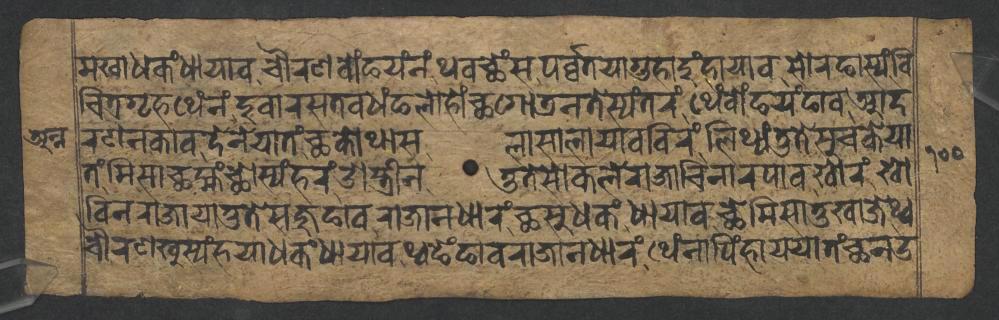
𑐩𑐏𑐵𑐢𑐎𑑄𑐢𑐵𑐫𑐵𑐰𑐔𑑁𑐬𑐞𑐧𑑀𑑄𑐒𑐫𑑄𑐣𑑄𑐠𑐰𑐕𑐾𑑄𑐳𑐥𑐬𑑂𑐰𑑂𑐰𑐟𑐫𑐵𑐐𑐸𑐴𑐵𑐡𑐸𑑄𑐴𑐵𑐫𑐵𑐰𑐳𑑀𑐬𑐒𑐵𑐳𑑂𑐫𑑄𑐰𑐶 𑐔𑐶𑐟𑑂𑐬𑐐𑐺𑐴𑐠𑐾𑑄𑐣𑑄𑐡𑐸𑐰𑐵𑐬𑐳𑐟𑐰𑐢𑑄𑐒𑐮𑑀𑐴𑑀𑑄𑐕𑐐𑑀𑐜𑐣𑐟𑐾𑐳𑑂𑐫𑑄𑐟𑐬𑑄𑐠𑐾𑑄𑐧𑑀𑑄𑐒𑐫𑑄𑐒𑐵𑐰𑐁𑐡 𑐬𑐞𑐣𑐎𑐵𑐰𑐡𑐾𑐣𑐾𑐫𑐵𑐟𑑄𑐕𑐎𑑀𑐠𑐵𑐳𑐮𑐵𑐳𑐵𑐮𑐵𑐫𑐵𑐰𑐧𑐶𑐬𑑄𑐮𑐶𑐠𑑂𑐫𑑄𑐟𑐸𑐟𑐾𑐳𑐸𑐔𑐎𑐾𑐫𑐵 𑐟𑑄𑐩𑐶𑐳𑐵𑐕𑐩𑑂𑐴𑑄𑐕𑑀𑐳𑑂𑐫𑑄𑐴𑐬𑑄𑐌𑐳𑑂𑐟𑑂𑐬𑐷𑐣𑐟𑐸𑐟𑐾𑐳𑑀𑐎𑐮𑐾𑐬𑐵𑐖𑐵𑐔𑐶𑐣𑐵𑐬𑐥𑐵𑐰𑐏𑑀𑐬𑑄𑐏𑑀 𑐧𑐶𑐣𑐬𑐵𑐖𑐵𑐫𑐵𑐟𑐸𑐟𑐾𑐳𑐖𑐸𑐒𑐵𑐰𑐬𑐵𑐖𑐵𑐣𑐢𑐵𑐬𑑄𑐕𑐳𑐸𑐢𑐎𑑄𑐢𑐵𑐫𑐵𑐰𑐕𑐾𑐩𑐶𑐳𑐵𑐟𑐸𑐏𑐵𑐖𑐾𑐠𑑂𑐰 𑐔𑑁𑐬𑐞𑐏𑐸𑐳𑑂𑐫𑑄𑐴𑐫𑐵𑐢𑐎𑑄𑐢𑐵𑐫𑐵𑐰𑐠𑑂𑐰𑐒𑐾𑑄𑐒𑐵𑐰𑐬𑐵𑐖𑐵𑐣𑐢𑐵𑐬𑑄𑐠𑐾𑑄𑐣𑐵𑐥𑐶𑑄𑐴𑐵𑐫𑐫𑐵𑐟𑑄𑐕𑐣𑑁